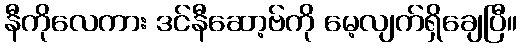
နီကိုလေကား ဒင်နီဆော့ဗ်ကို မေ့လျက်ရှိချေပြီ။